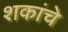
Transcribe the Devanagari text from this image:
शकांचे